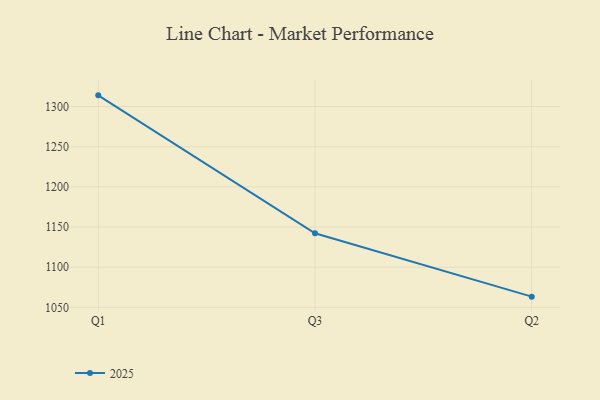
{"axis": {"x": "Quarter", "y": "Latency (ms)"}, "legend": ["2025"], "data": [{"x": "Q1", "y": 1313.9, "type": "2025"}, {"x": "Q3", "y": 1142.3, "type": "2025"}, {"x": "Q2", "y": 1063.4, "type": "2025"}]}